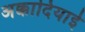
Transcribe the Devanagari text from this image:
अक्कादियाई